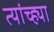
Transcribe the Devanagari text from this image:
त्यांच्ह्या